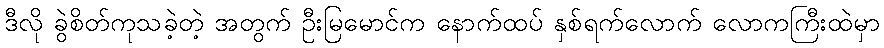
ဒီလို ခွဲစိတ်ကုသခဲ့တဲ့ အတွက် ဦးမြမောင်က နောက်ထပ် နှစ်ရက်လောက် လောကကြီးထဲမှာ